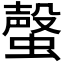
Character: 𧐡